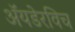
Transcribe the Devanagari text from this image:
ॲयडेरविच